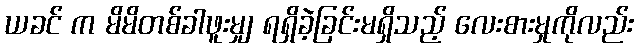
ယခင် က မိမိတစ်ခါဖူးမျှ ရရှိခဲ့ခြင်းမရှိသည့် လေးစားမှုကိုလည်း